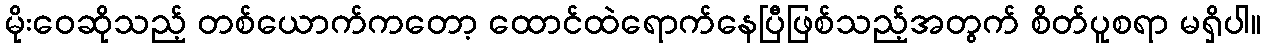
မိုးဝေဆိုသည့် တစ်ယောက်ကတော့ ထောင်ထဲရောက်နေပြီဖြစ်သည့်အတွက် စိတ်ပူစရာ မရှိပါ။